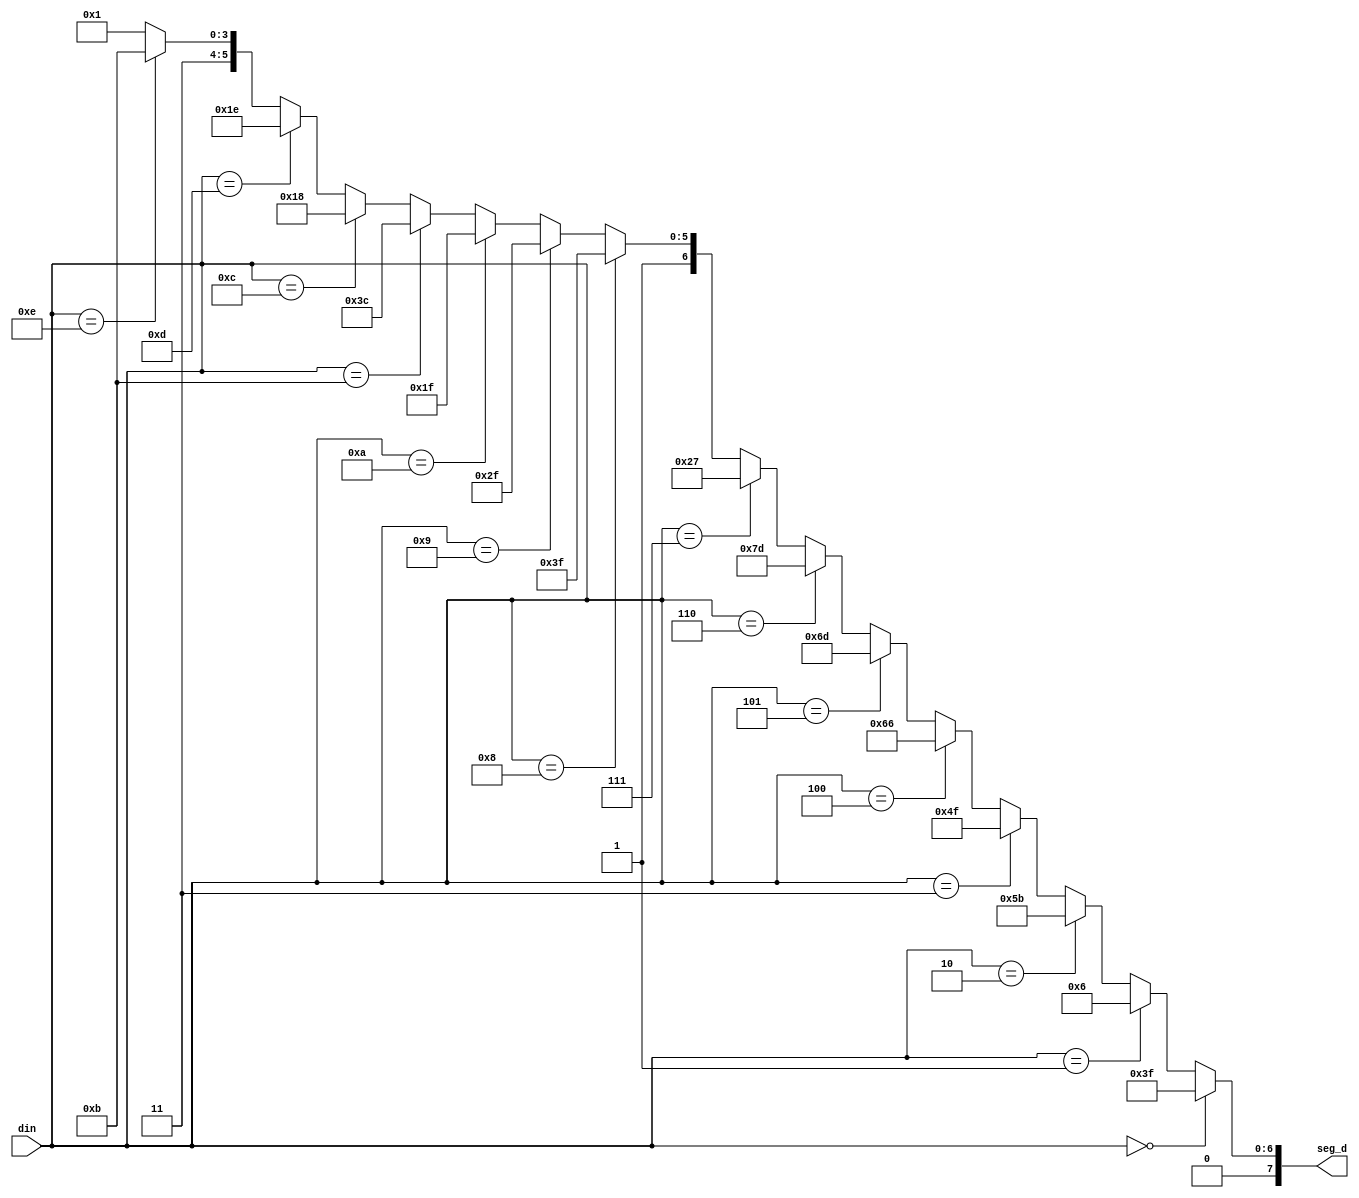
module hex2seg(
    input [3:0]din,
    output [7:0]seg_d
    );
    
    assign seg_d = (din==4'h0)?(8'h3f):
                   (din==4'h1)?(8'h06):
                   (din==4'h2)?(8'h5b):
                   (din==4'h3)?(8'h4f):
                   (din==4'h4)?(8'h66):
                   (din==4'h5)?(8'h6d):
                   (din==4'h6)?(8'h7d):
                   (din==4'h7)?(8'h27):
                   (din==4'h8)?(8'h7f):
                   (din==4'h9)?(8'h6f):
                   (din==4'ha)?(8'h5f):
                   (din==4'hb)?(8'h7c):
                   (din==4'hc)?(8'h58):
                   (din==4'hd)?(8'h5e):
                   (din==4'he)?(8'h7b):
                   (8'h71);
                   
endmodule